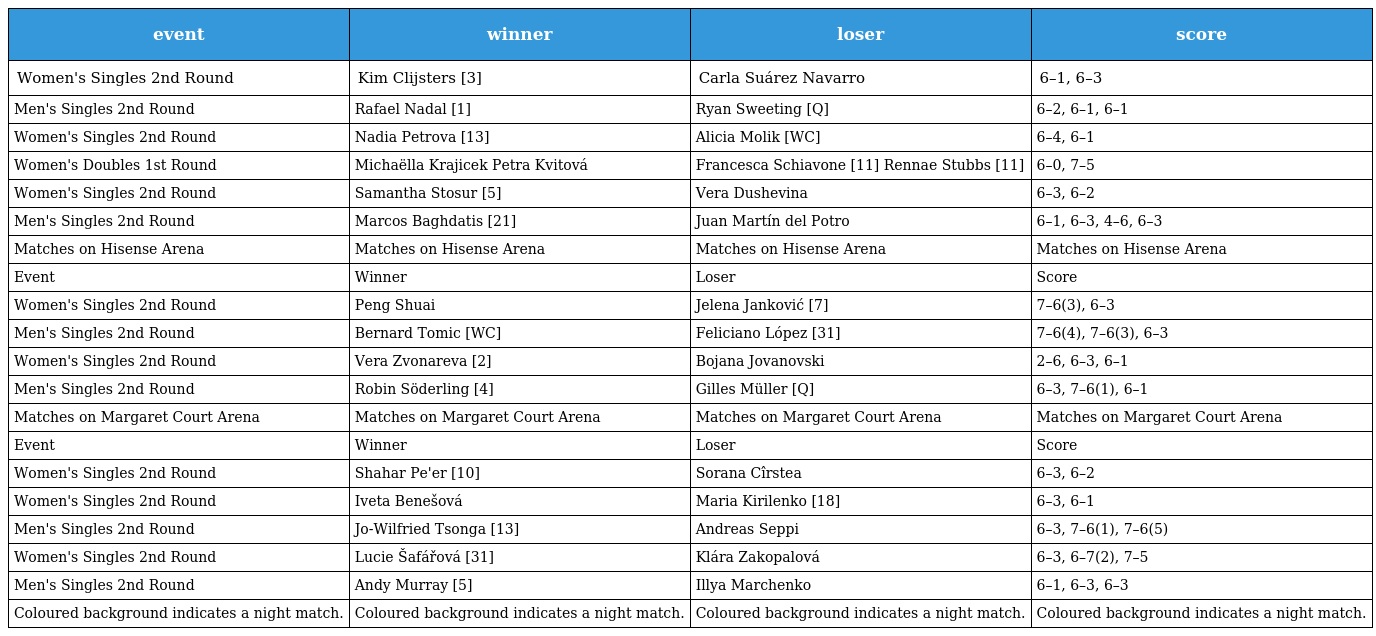
| event | winner | loser | score |
 | --- | --- | --- | --- |
 | Women's Singles 2nd Round | Kim Clijsters [3] | Carla Suárez Navarro | 6–1, 6–3 |
 | Men's Singles 2nd Round | Rafael Nadal [1] | Ryan Sweeting [Q] | 6–2, 6–1, 6–1 |
 | Women's Singles 2nd Round | Nadia Petrova [13] | Alicia Molik [WC] | 6–4, 6–1 |
 | Women's Doubles 1st Round | Michaëlla Krajicek Petra Kvitová | Francesca Schiavone [11] Rennae Stubbs [11] | 6–0, 7–5 |
 | Women's Singles 2nd Round | Samantha Stosur [5] | Vera Dushevina | 6–3, 6–2 |
 | Men's Singles 2nd Round | Marcos Baghdatis [21] | Juan Martín del Potro | 6–1, 6–3, 4–6, 6–3 |
 | Matches on Hisense Arena | Matches on Hisense Arena | Matches on Hisense Arena | Matches on Hisense Arena |
 | Event | Winner | Loser | Score |
 | Women's Singles 2nd Round | Peng Shuai | Jelena Janković [7] | 7–6(3), 6–3 |
 | Men's Singles 2nd Round | Bernard Tomic [WC] | Feliciano López [31] | 7–6(4), 7–6(3), 6–3 |
 | Women's Singles 2nd Round | Vera Zvonareva [2] | Bojana Jovanovski | 2–6, 6–3, 6–1 |
 | Men's Singles 2nd Round | Robin Söderling [4] | Gilles Müller [Q] | 6–3, 7–6(1), 6–1 |
 | Matches on Margaret Court Arena | Matches on Margaret Court Arena | Matches on Margaret Court Arena | Matches on Margaret Court Arena |
 | Event | Winner | Loser | Score |
 | Women's Singles 2nd Round | Shahar Pe'er [10] | Sorana Cîrstea | 6–3, 6–2 |
 | Women's Singles 2nd Round | Iveta Benešová | Maria Kirilenko [18] | 6–3, 6–1 |
 | Men's Singles 2nd Round | Jo-Wilfried Tsonga [13] | Andreas Seppi | 6–3, 7–6(1), 7–6(5) |
 | Women's Singles 2nd Round | Lucie Šafářová [31] | Klára Zakopalová | 6–3, 6–7(2), 7–5 |
 | Men's Singles 2nd Round | Andy Murray [5] | Illya Marchenko | 6–1, 6–3, 6–3 |
 | Coloured background indicates a night match. | Coloured background indicates a night match. | Coloured background indicates a night match. | Coloured background indicates a night match. |